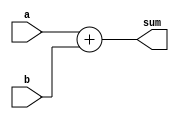
`timescale 1ns / 1ns
//////////////////////////////////////////////////////////////////////////////////
// Company: 
// Engineer: 
// 
// Design Name: 
// Module Name: ADD 
// Project Name: 
// Target Devices: 
// Tool Versions: 
// Description: 
// 
// Dependencies: 
// 
// Revision:
// Revision 0.01 - File Created
// Additional Comments:
// 
//////////////////////////////////////////////////////////////////////////////////


module ADD #(parameter DATAWIDTH = 8)(a, b, sum);
    input [DATAWIDTH -1:0] a;
    input [DATAWIDTH -1:0] b;
    output reg [DATAWIDTH-1:0] sum;
    
    
    always @(a,b) begin
        sum <= a + b;
    end
    
endmodule